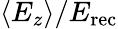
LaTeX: \langle E_{z}\rangle/E_{\mathrm{rec}}